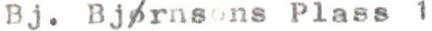
Bj. Bjørnsons Plass 1